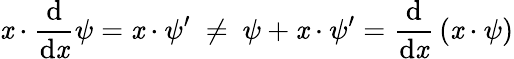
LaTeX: \mathit{x}\cdot{\frac{{\mathrm{{d}}}}{{\mathrm{{d}}\mathit{x}}}}\psi=\mathit{x}\cdot\psi^{\prime}\ \neq\ \psi+\mathit{x}\cdot\psi^{\prime}={\frac{{\mathrm{{d}}}}{{\mathrm{{d}}\mathit{x}}}}\left(\mathit{x}\cdot\psi\right)